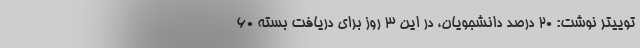
توییتر نوشت: 20 درصد دانشجویان، در این 3 روز برای دریافت بسته 60